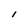
Character: l